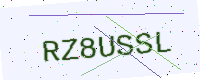
Text: RZ8USSL